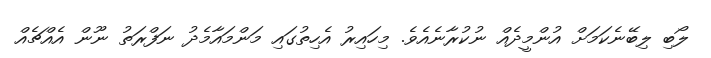
ލޯބި ލިބޭނެކަމަށް އުންމީދެއް ނުކުރާނެއެވެ. މިހައިރު އެހިތުގައި މަންމައާމެދު ނަފްރަތު ނޫން އެއްޗެއް